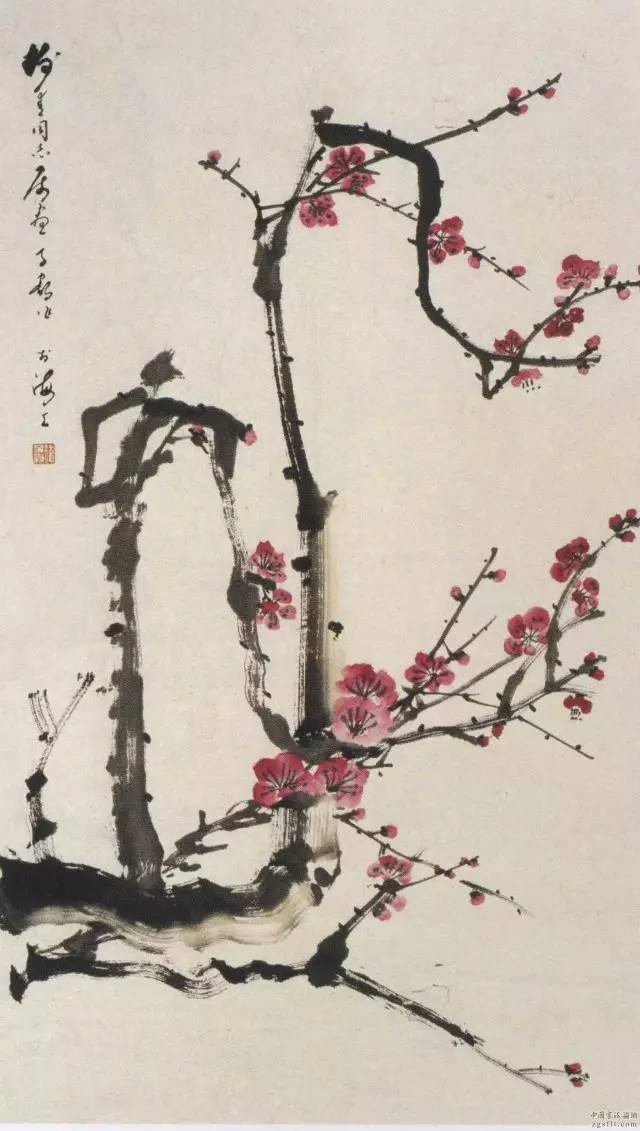
只愁飞诏下青冥。不应霜塞晚，横槊看诗成。